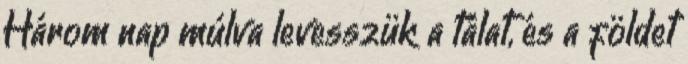
Három nap múlva levesszük a tálat, és a földet